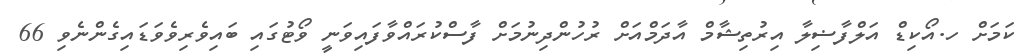
ކަމަށް ހ.އޯކިޑް އަލްފާޟިލާ އިރުތިޝާމް އާދަމްއަށް ރުހުންދިނުމަށް ފާސްކުރައްވާފައިވަނީ ވޯޓުގައި ބައިވެރިވެވަޑައިގެންނެވި 66